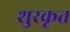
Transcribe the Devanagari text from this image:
शुरकृत